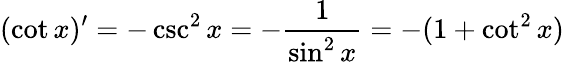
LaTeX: (\cot x)^{\prime}=-\csc^{2}x=-{\frac{1}{\sin^{2}x}}=-(1+\cot^{2}x)